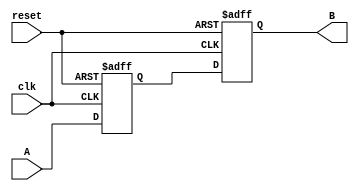
module Delay #(
    parameter T = 10, // Delay time in time units (e.g., 10 time units)
    parameter WIDTH = 1 // Width of the input/output signal
)(
    input wire clk,        // Clock signal
    input wire reset,      // Reset signal
    input wire [WIDTH-1:0] A, // Input signal
    output reg [WIDTH-1:0] B // Output signal
);

    // Internal signal to hold the delayed value
    reg [WIDTH-1:0] delayed_value;

    // Always block triggered on the rising edge of the clock
    always @(posedge clk or posedge reset) begin
        if (reset) begin
            // If reset is activated, set output to predefined state (e.g., 0)
            B <= {WIDTH{1'b0}};
            delayed_value <= {WIDTH{1'b0}};
        end else begin
            // Capture the input signal A
            delayed_value <= A;

            // Introduce the delay using a simple counter
            #T B <= delayed_value; // Assign delayed value to output after T time units
        end
    end

endmodule